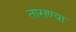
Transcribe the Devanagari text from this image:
तासण्या